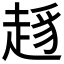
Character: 𧼋